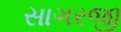
સાગરજી